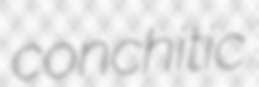
conchitic